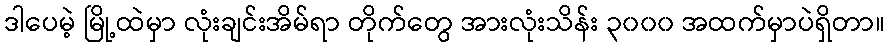
ဒါပေမဲ့ မြို့ထဲမှာ လုံးချင်းအိမ်ရာ တိုက်တွေ အားလုံးသိန်း ၃၀၀၀ အထက်မှာပဲရှိတာ။